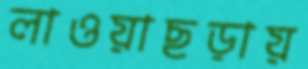
লাওয়াছড়ায়